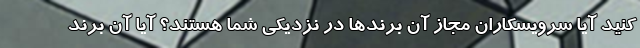
کنید آیا سرویسکاران مجاز آن برندها در نزدیکی شما هستند؟ آیا آن برند